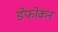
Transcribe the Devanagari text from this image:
डेफोकन